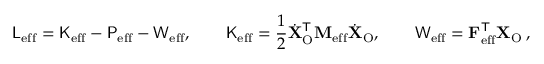
\mathsf { L } _ { \mathrm { e f f } } = \mathsf { K } _ { \mathrm { e f f } } - \mathsf { P } _ { \mathrm { e f f } } - \mathsf { W } _ { \mathrm { e f f } } , \qquad \mathsf { K } _ { \mathrm { e f f } } = \frac { 1 } { 2 } \dot { \mathbf { X } } _ { \mathrm { O } } ^ { \mathsf { T } } \mathbf { M } _ { \mathrm { e f f } } \dot { \mathbf { X } } _ { \mathrm { O } } , \qquad \mathsf { W } _ { \mathrm { e f f } } = \mathbf { F } _ { \mathrm { e f f } } ^ { \mathsf { T } } \mathbf { X } _ { \mathrm { O } } \, ,